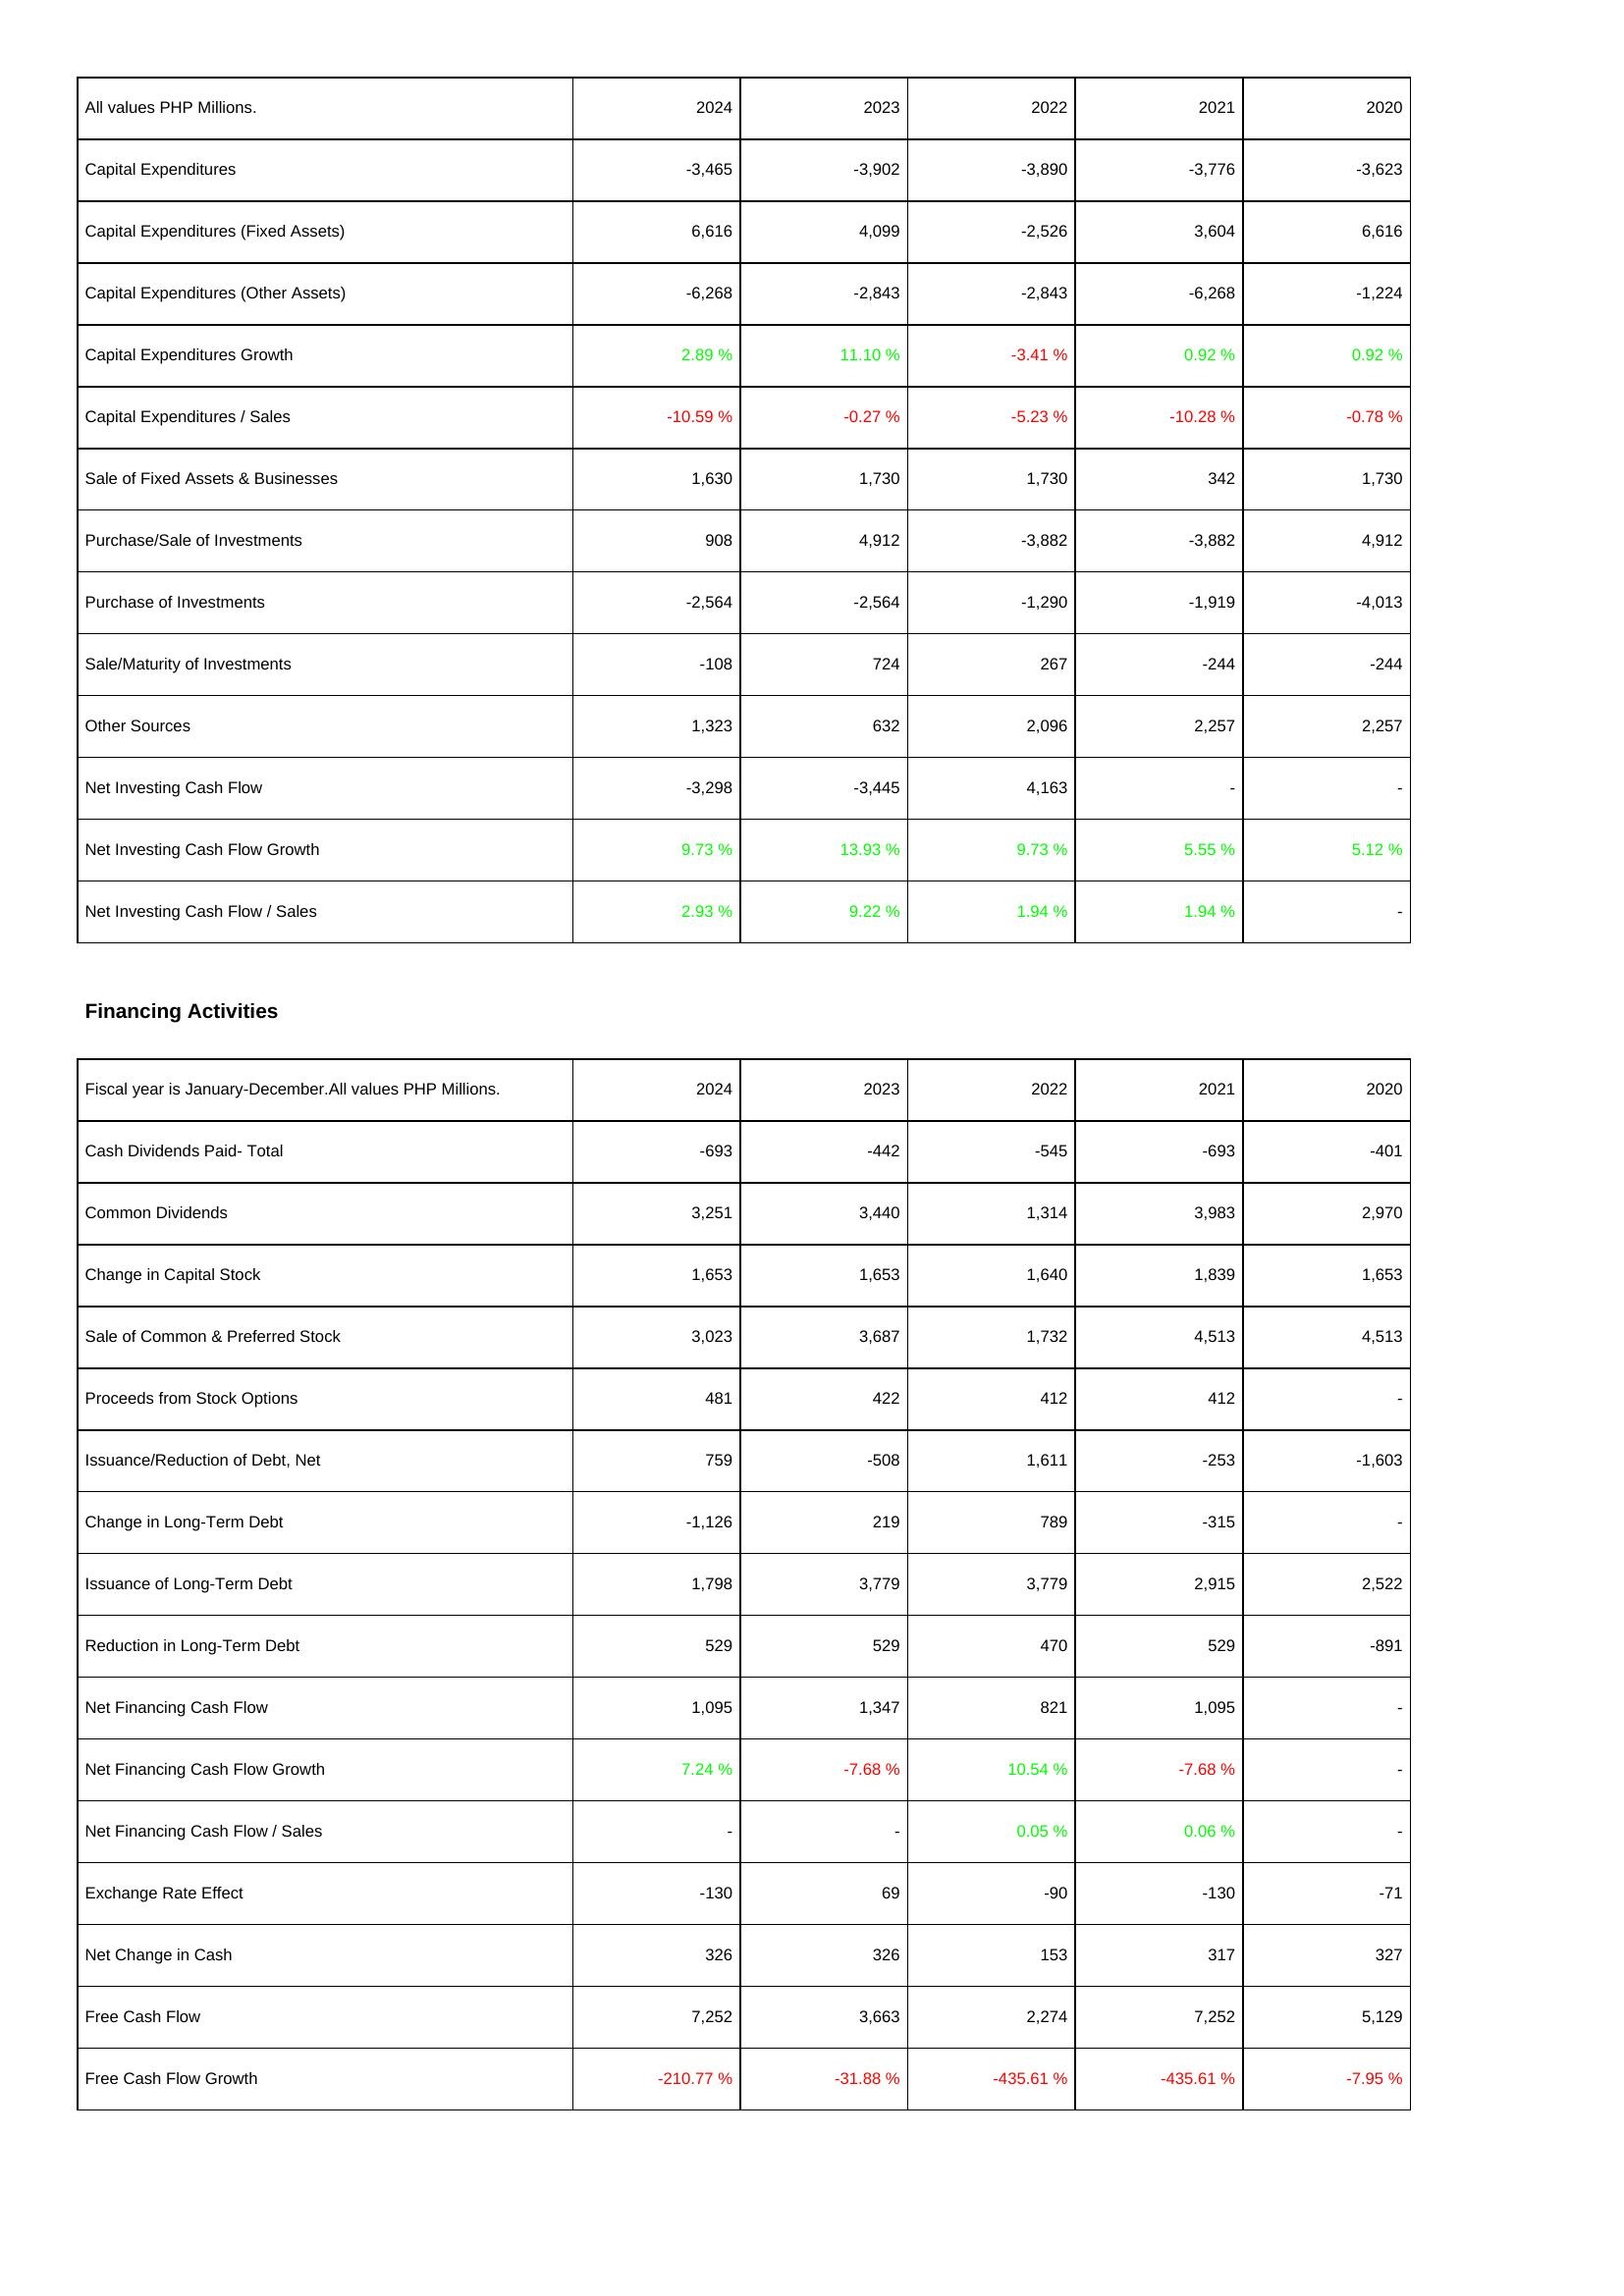
2024: Investing Activities: Capital Expenditures: -3,465
Capital Expenditures (Fixed Assets): 6,616
Capital Expenditures (Other Assets): -6,268
Capital Expenditures Growth: 2.89 %
Capital Expenditures / Sales: -10.59 %
Sale of Fixed Assets & Businesses: 1,630
Purchase/Sale of Investments: 908
Purchase of Investments: -2,564
Sale/Maturity of Investments: -108
Other Sources: 1,323
Net Investing Cash Flow: -3,298
Net Investing Cash Flow Growth: 9.73 %
Net Investing Cash Flow / Sales: 2.93 %
Financing Activities: Cash Dividends Paid- Total: -693
Common Dividends: 3,251
Change in Capital Stock: 1,653
Sale of Common & Preferred Stock: 3,023
Proceeds from Stock Options: 481
Issuance/Reduction of Debt, Net: 759
Change in Long-Term Debt: -1,126
Issuance of Long-Term Debt: 1,798
Reduction in Long-Term Debt: 529
Net Financing Cash Flow: 1,095
Net Financing Cash Flow Growth: 7.24 %
Net Financing Cash Flow / Sales: -
Exchange Rate Effect: -130
Net Change in Cash: 326
Free Cash Flow: 7,252
Free Cash Flow Growth: -210.77 %
2023: Investing Activities: Capital Expenditures: -3,902
Capital Expenditures (Fixed Assets): 4,099
Capital Expenditures (Other Assets): -2,843
Capital Expenditures Growth: 11.10 %
Capital Expenditures / Sales: -0.27 %
Sale of Fixed Assets & Businesses: 1,730
Purchase/Sale of Investments: 4,912
Purchase of Investments: -2,564
Sale/Maturity of Investments: 724
Other Sources: 632
Net Investing Cash Flow: -3,445
Net Investing Cash Flow Growth: 13.93 %
Net Investing Cash Flow / Sales: 9.22 %
Financing Activities: Cash Dividends Paid- Total: -442
Common Dividends: 3,440
Change in Capital Stock: 1,653
Sale of Common & Preferred Stock: 3,687
Proceeds from Stock Options: 422
Issuance/Reduction of Debt, Net: -508
Change in Long-Term Debt: 219
Issuance of Long-Term Debt: 3,779
Reduction in Long-Term Debt: 529
Net Financing Cash Flow: 1,347
Net Financing Cash Flow Growth: -7.68 %
Net Financing Cash Flow / Sales: -
Exchange Rate Effect: 69
Net Change in Cash: 326
Free Cash Flow: 3,663
Free Cash Flow Growth: -31.88 %
2022: Investing Activities: Capital Expenditures: -3,890
Capital Expenditures (Fixed Assets): -2,526
Capital Expenditures (Other Assets): -2,843
Capital Expenditures Growth: -3.41 %
Capital Expenditures / Sales: -5.23 %
Sale of Fixed Assets & Businesses: 1,730
Purchase/Sale of Investments: -3,882
Purchase of Investments: -1,290
Sale/Maturity of Investments: 267
Other Sources: 2,096
Net Investing Cash Flow: 4,163
Net Investing Cash Flow Growth: 9.73 %
Net Investing Cash Flow / Sales: 1.94 %
Financing Activities: Cash Dividends Paid- Total: -545
Common Dividends: 1,314
Change in Capital Stock: 1,640
Sale of Common & Preferred Stock: 1,732
Proceeds from Stock Options: 412
Issuance/Reduction of Debt, Net: 1,611
Change in Long-Term Debt: 789
Issuance of Long-Term Debt: 3,779
Reduction in Long-Term Debt: 470
Net Financing Cash Flow: 821
Net Financing Cash Flow Growth: 10.54 %
Net Financing Cash Flow / Sales: 0.05 %
Exchange Rate Effect: -90
Net Change in Cash: 153
Free Cash Flow: 2,274
Free Cash Flow Growth: -435.61 %
2021: Investing Activities: Capital Expenditures: -3,776
Capital Expenditures (Fixed Assets): 3,604
Capital Expenditures (Other Assets): -6,268
Capital Expenditures Growth: 0.92 %
Capital Expenditures / Sales: -10.28 %
Sale of Fixed Assets & Businesses: 342
Purchase/Sale of Investments: -3,882
Purchase of Investments: -1,919
Sale/Maturity of Investments: -244
Other Sources: 2,257
Net Investing Cash Flow: -
Net Investing Cash Flow Growth: 5.55 %
Net Investing Cash Flow / Sales: 1.94 %
Financing Activities: Cash Dividends Paid- Total: -693
Common Dividends: 3,983
Change in Capital Stock: 1,839
Sale of Common & Preferred Stock: 4,513
Proceeds from Stock Options: 412
Issuance/Reduction of Debt, Net: -253
Change in Long-Term Debt: -315
Issuance of Long-Term Debt: 2,915
Reduction in Long-Term Debt: 529
Net Financing Cash Flow: 1,095
Net Financing Cash Flow Growth: -7.68 %
Net Financing Cash Flow / Sales: 0.06 %
Exchange Rate Effect: -130
Net Change in Cash: 317
Free Cash Flow: 7,252
Free Cash Flow Growth: -435.61 %
2020: Investing Activities: Capital Expenditures: -3,623
Capital Expenditures (Fixed Assets): 6,616
Capital Expenditures (Other Assets): -1,224
Capital Expenditures Growth: 0.92 %
Capital Expenditures / Sales: -0.78 %
Sale of Fixed Assets & Businesses: 1,730
Purchase/Sale of Investments: 4,912
Purchase of Investments: -4,013
Sale/Maturity of Investments: -244
Other Sources: 2,257
Net Investing Cash Flow: -
Net Investing Cash Flow Growth: 5.12 %
Net Investing Cash Flow / Sales: -
Financing Activities: Cash Dividends Paid- Total: -401
Common Dividends: 2,970
Change in Capital Stock: 1,653
Sale of Common & Preferred Stock: 4,513
Proceeds from Stock Options: -
Issuance/Reduction of Debt, Net: -1,603
Change in Long-Term Debt: -
Issuance of Long-Term Debt: 2,522
Reduction in Long-Term Debt: -891
Net Financing Cash Flow: -
Net Financing Cash Flow Growth: -
Net Financing Cash Flow / Sales: -
Exchange Rate Effect: -71
Net Change in Cash: 327
Free Cash Flow: 5,129
Free Cash Flow Growth: -7.95 %